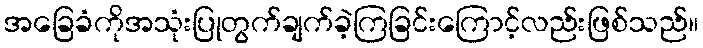
အခြေခံကိုအသုံးပြုတွက်ချက်ခဲ့ကြခြင်းကြောင့်လည်းဖြစ်သည်။